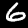
Digit: 6